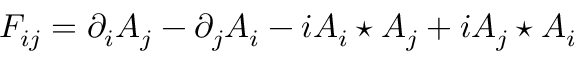
F _ { i j } = \partial _ { i } A _ { j } - \partial _ { j } A _ { i } - i A _ { i } \star A _ { j } + i A _ { j } \star A _ { i }